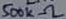
Text: 500kΩ